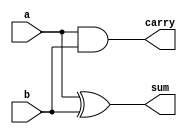
///1. Write a verilog design code for a half_adder adder using data flow abstraction verify using a testbench
module half_adder(input a,b,output sum,carry);
 //Data-flow abstraction
 assign sum = a ^ b;
 assign carry = a & b;
endmodule